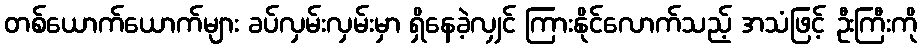
တစ်ယောက်ယောက်များ ခပ်လှမ်းလှမ်းမှာ ရှိနေခဲ့လျှင် ကြားနိုင်လောက်သည့် အသံဖြင့် ဦးကြီးကို